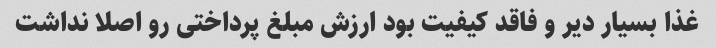
غذا بسیار دیر و فاقد کیفیت بود ارزش مبلغ پرداختی رو اصلا نداشت